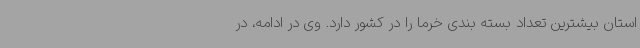
استان بیشترین تعداد بسته بندی خرما را در کشور دارد. وی در ادامه، در